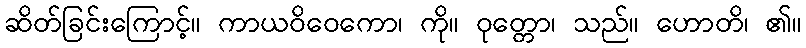
ဆိတ်ခြင်းကြောင့်။ ကာယဝိဝေကော၊ ကို။ ဝုတ္တော၊ သည်။ ဟောတိ၊ ၏။